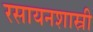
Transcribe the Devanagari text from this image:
रसायनशास्री